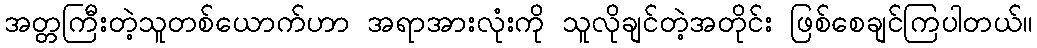
အတ္တကြီးတဲ့သူတစ်ယောက်ဟာ အရာအားလုံးကို သူလိုချင်တဲ့အတိုင်း ဖြစ်စေချင်ကြပါတယ်။